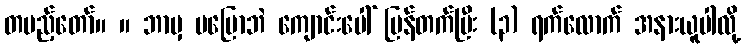
တပည့်တော်။ ။ ဘာမှ မပြောဘဲ ကျောင်းပေါ် ပြန်တက်ပြီး (၃) ရက်လောက် အနားယူပါလို့